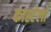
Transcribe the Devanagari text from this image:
कास्टेलो